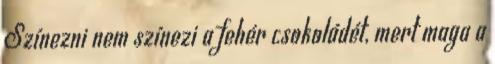
Színezni nem színezi a fehér csokoládét, mert maga a